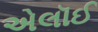
એલૉઈ